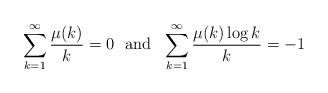
LaTeX: \begin{align*}\sum_{k=1}^\infty \frac{\mu(k)}{k}=0 \ \ \mathrm{and} \ \ \sum_{k=1}^\infty\frac{\mu(k)\log k}{k}=-1\end{align*}